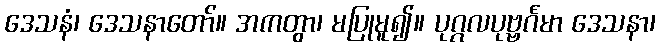
ဒေသနံ၊ ဒေသနာတော်။ အကတွာ၊ မပြုမူ၍။ ပုဂ္ဂလပုဗ္ဗင်္ဂမာ ဒေသနာ၊